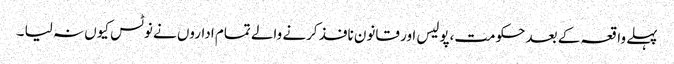
پہلے واقعہ کے بعد حکومت،پولیس اور قانون نافذ کرنے والے تمام اداروں نے نوٹس کیوں نہ لیا ۔